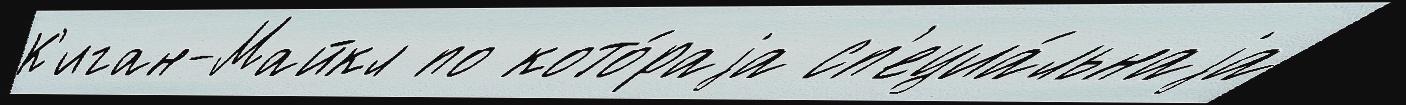
К'иган-Майкл по кото́раjа сп'ециа́льнаjа